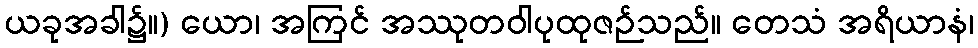
ယခုအခါ၌။) ယော၊ အကြင် အဿုတဝါပုထုဇဉ်သည်။ တေသံ အရိယာနံ၊